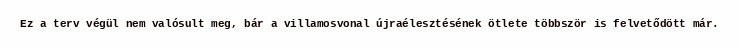
Ez a terv végül nem valósult meg, bár a villamosvonal újraélesztésének ötlete többször is felvetődött már.